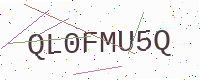
Text: QL0FMU5Q